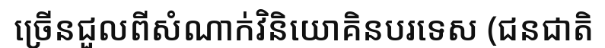
ច្រើនជួលពីសំណាក់វិនិយោគិនបរទេស (ជនជាតិ